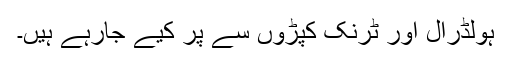
ہولڈرال اور ٹرنک کپڑوں سے پُر کیے جارہے ہیں۔